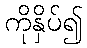
ကိုနှိပ်၍